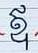
ឪ